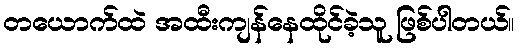
တယောက်ထဲ အထီးကျန်နေထိုင်ခဲ့သူ ဖြစ်ပါတယ်။